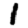
Digit: 1